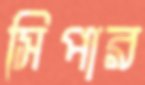
সিপার